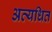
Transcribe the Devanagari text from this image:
अत्यधित